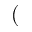
(